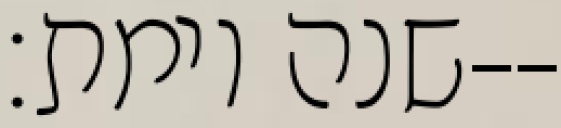
שנה וימת׃--